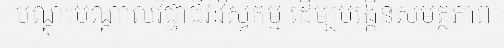
បណ្តុះបណ្តាលវិជ្ជាជីវៈវិស្វកម្ម ដើម្បបង្កើនសមត្ថភាព